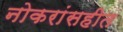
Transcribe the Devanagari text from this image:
नोकरांसहीत